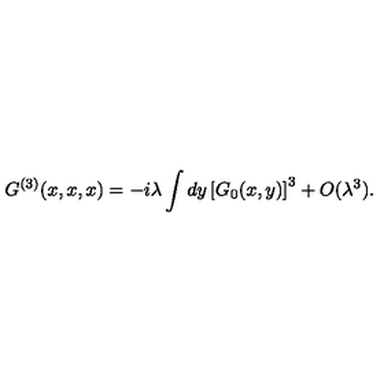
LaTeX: G ^ { ( 3 ) } ( x , x , x ) = - i \lambda \int d y \left[ G _ { 0 } ( x , y ) \right] ^ { 3 } + O ( \lambda ^ { 3 } ) .